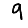
Digit: 9